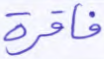
فاقرة